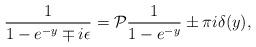
LaTeX: \begin{align*}{1\over 1-e^{-y}\mp i\epsilon}={\cal{P}}{1\over 1-e^{-y}}\pm\pi i\delta(y),\end{align*}